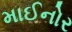
માઈનોર